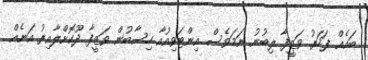
ބައެއް ފަހަރު ވަޒީފާ ލިބުނު ނަމަވެސް އިންޓަވިއުއާ ހިސާބުން ވަޒީފާ ދޫކޮށްލާއިރު އަނެއް